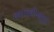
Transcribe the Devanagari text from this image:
कवचबीजामुळे